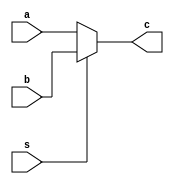
`timescale 1ns / 1ps
//////////////////////////////////////////////////////////////////////////////////
// Company: 
// Engineer: 
// 
// Design Name: 
// Module Name:    mux64_32 
// Project Name: 
// Target Devices: 
// Tool versions: 
// Description: 
//
// Dependencies: 
//
// Revision: 
// Revision 0.01 - File Created
// Additional Comments: 
//
//////////////////////////////////////////////////////////////////////////////////
module mux64_32(
	input [31:0] a,
	input [31:0] b,
	input s,
	output [31:0] c
);

	assign c[31:0] = s ? b[31:0] : a[31:0] ;

endmodule